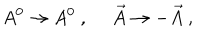
LaTeX: A ^ { 0 } \rightarrow A ^ { 0 } ~ , ~ ~ \vec { A } \rightarrow - \vec { A } ~ ,